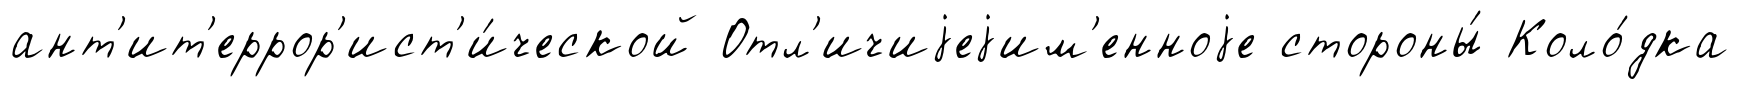
ант'ит'еррор'ист'и́ческой Отл'ичиjеjим'енноjе стороны́ Коло́дка